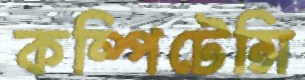
কম্পিটেন্সি